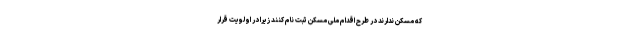
که مسکن ندارند در طرح اقدام ملی مسکن ثبت نام کنند زیرا در اولویت قرار